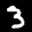
Label: 3